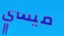
ميسي